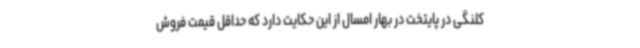
کلنگی در پایتخت در بهار امسال از این حکایت دارد که حداقل قیمت فروش